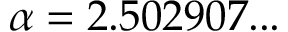
\alpha = 2 . 5 0 2 9 0 7 . . .